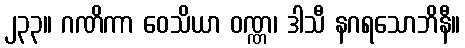
၂၃၃။ ဂဏိကာ ဝေသိယာ ဝဏ္ဏ၊ ဒါသီ နဂရသောဘိနီ။